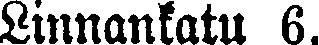
Linnankatu 6.